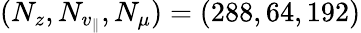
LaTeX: (N_{z},N_{v_{\parallel}},N_{\mu})=(288,64,192)